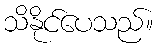
သိနိုင်ပေသည်။